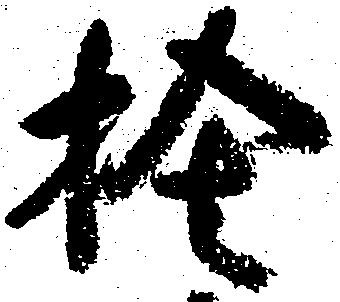
捨